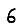
Digit: 6